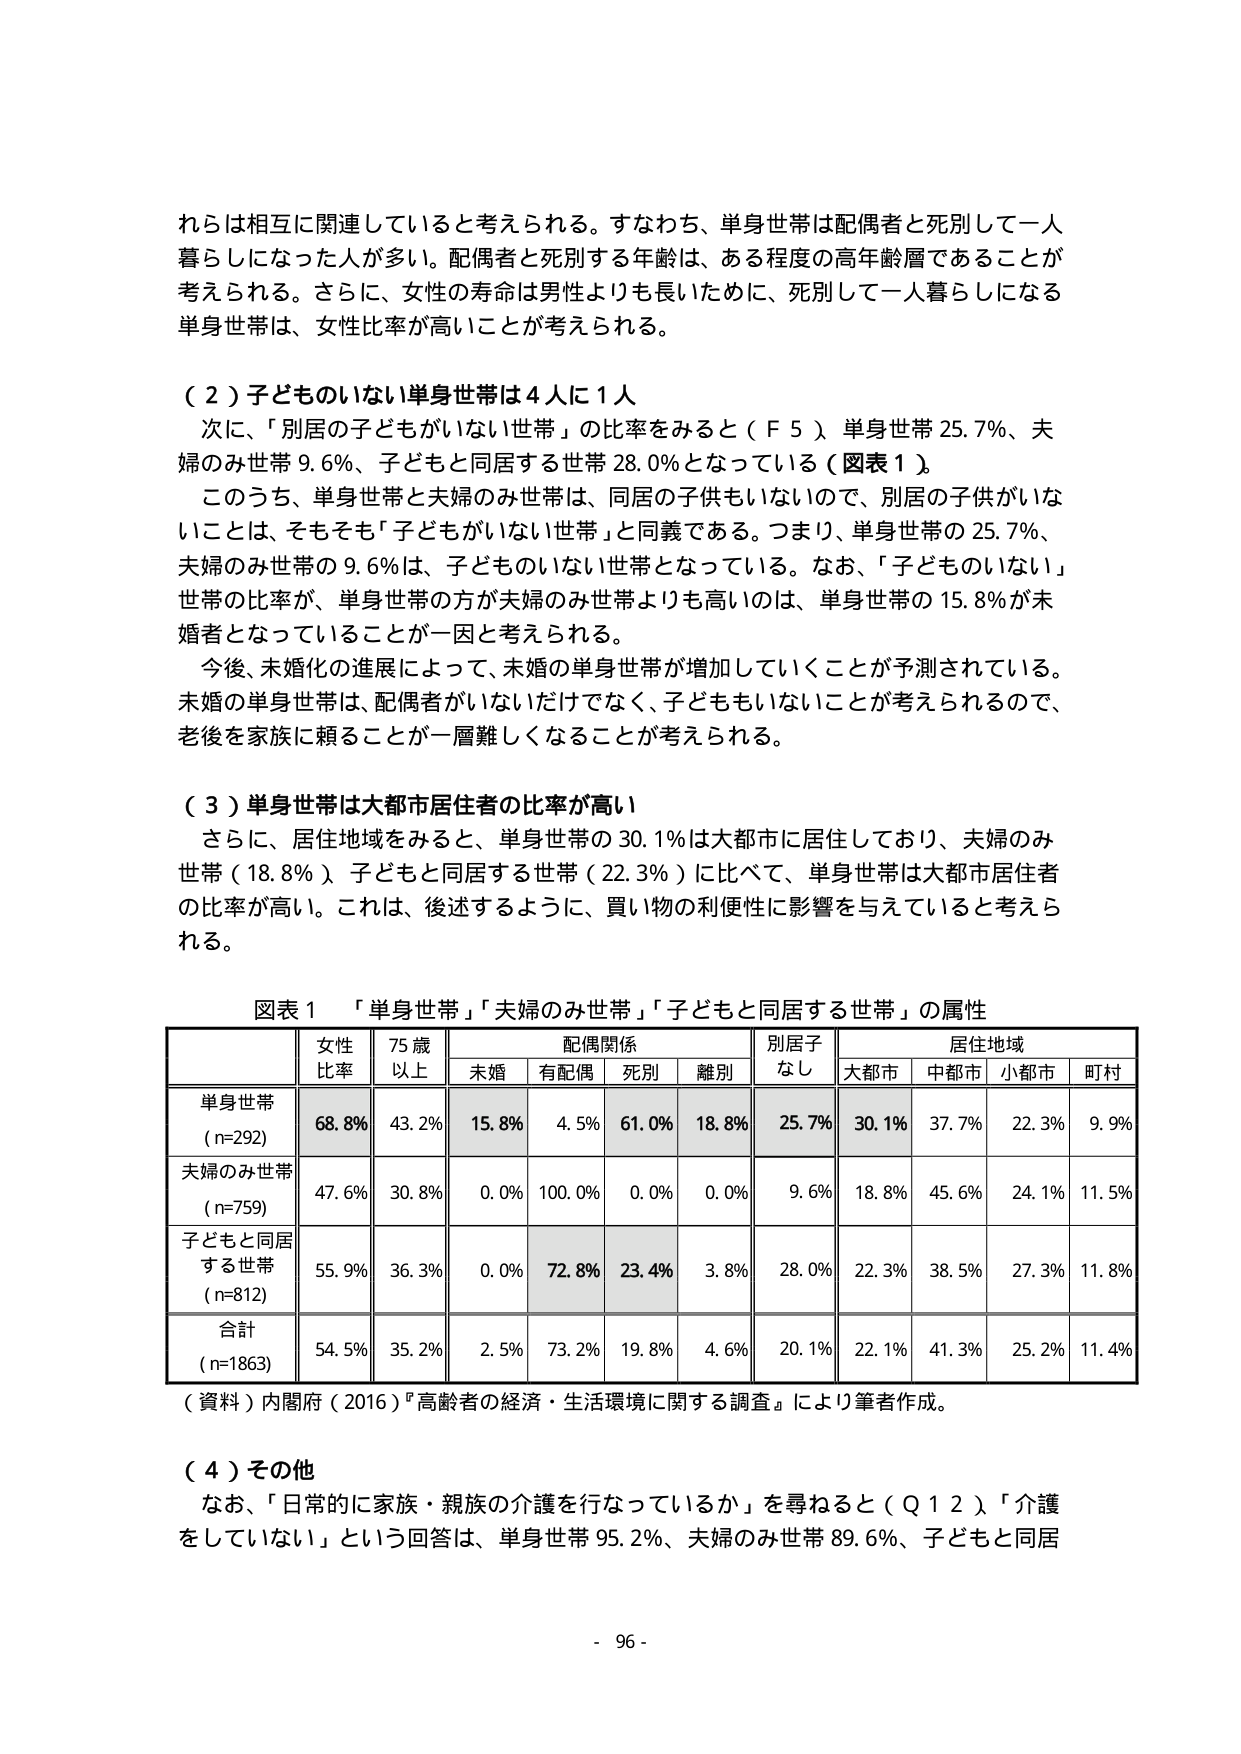
れらは相互に関連していると考えられる。すなわち、単身世帯は配偶者と死別して一人暮らしになった人が多い。配偶者と死別する年齢は、ある程度の高年齢層であることが考えられる。さらに、女性の寿命は男性よりも長いために、死別して一人暮らしになる単身世帯は、女性比率が高いことが考えられる。

（２）子どものいない単身世帯は４人に１人
次に、「別居の子どもがいない世帯」の比率をみると（Ｆ５）単身世帯 25.7％、夫婦のみ世帯 9.6％、子どもと同居する世帯 28.0％となっている（図表１）。
このうち、単身世帯と夫婦のみ世帯は、同居の子供もいないので、別居の子供がいないことは、そもそも「子どもがいない世帯」と同義である。つまり、単身世帯の 25.7％、夫婦のみ世帯の 9.6％は、子どものいない世帯となっている。なお、「子どものいない」世帯の比率が、単身世帯の方が夫婦のみ世帯よりも高いのは、単身世帯の 15.8％が未婚者となっていることが一因と考えられる。
今後、未婚化の進展によって、未婚の単身世帯が増加していくことが予測されている。未婚の単身世帯は、配偶者がいないだけでなく、子どももいないことが考えられるので、老後を家族に頼ることが一層難しくなることが考えられる。

（３）単身世帯は大都市居住者の比率が高い
さらに、居住地域をみると、単身世帯の 30.1％は大都市に居住しており、夫婦のみ世帯（18.8％）、子どもと同居する世帯（22.3％）に比べて、単身世帯は大都市居住者の比率が高い。これは、後述するように、買い物の利便性に影響を与えていると考えられる。

図表１ 「単身世帯」「夫婦のみ世帯」「子どもと同居する世帯」の属性
| | 女性比率 | 75歳以上 | 配偶関係 | | | | 別居子なし | 居住地域 | | | | |
|---|---|---|---|---|---|---|---|---|---|---|---|---|
| | | | 未婚 | 有配偶 | 死別 | 離別 | | 大都市 | 中都市 | 小都市 | 町村 |
| 単身世帯 (n=292) | 68.8% | 43.2% | 15.8% | 4.5% | 61.0% | 18.8% | 25.7% | 30.1% | 37.7% | 22.3% | 9.9% |
| 夫婦のみ世帯 (n=759) | 47.6% | 30.8% | 0.0% | 100.0% | 0.0% | 0.0% | 9.6% | 18.8% | 45.6% | 24.1% | 11.5% |
| 子どもと同居する世帯 (n=812) | 55.9% | 36.3% | 0.0% | 72.8% | 23.4% | 3.8% | 28.0% | 22.3% | 38.5% | 27.3% | 11.8% |
| 合計 (n=1863) | 54.5% | 35.2% | 2.5% | 73.2% | 19.8% | 4.6% | 20.1% | 22.1% | 41.3% | 25.2% | 11.4% |

（資料）内閣府（2016）『高齢者の経済・生活環境に関する調査』により筆者作成。

（４）その他
なお、「日常的に家族・親族の介護を行なっているか」を尋ねると（Ｑ１２）「介護をしていない」という回答は、単身世帯 95.2％、夫婦のみ世帯 89.6％、子どもと同居

- 96 -